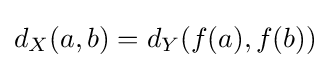
d_{X}(a,b)=d_{Y}\!\left(f(a),f(b)\right)